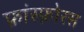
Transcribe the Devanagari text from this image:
फ़ांस्फ़ोरस